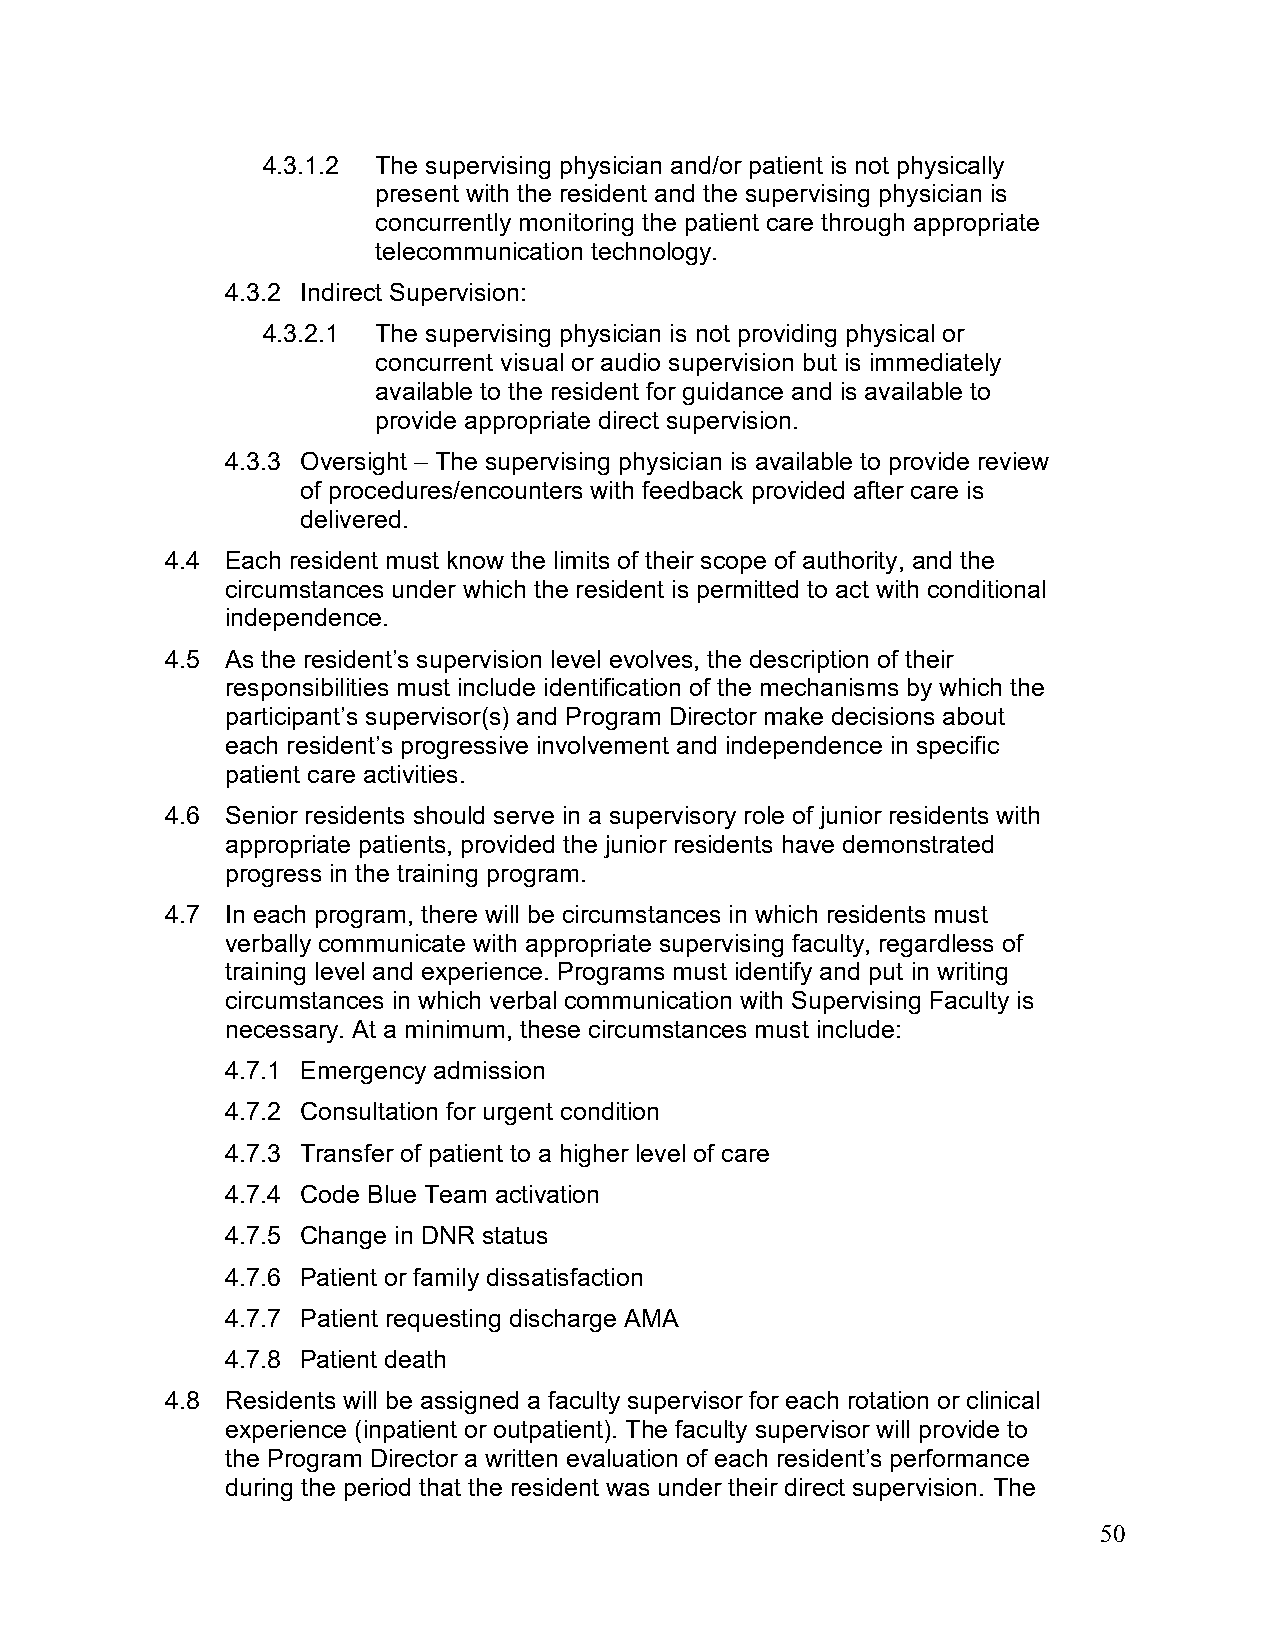
4.3.1.2 The supervising physician and/or patient is not physically
 present with the resident and the supervising physician is
 concurrently monitoring the patient care through appropriate
 telecommunication technology.
 4.3.2 Indirect Supervision:
 4.3.2.1 The supervising physician is not providing physical or
 concurrent visual or audio supervision but is immediately
 available to the resident for guidance and is available to
 provide appropriate direct supervision.
 4.3.3 Oversight – The supervising physician is available to provide review
 of procedures/encounters with feedback provided after care is
 delivered.
 4.4 Each resident must know the limits of their scope of authority, and the
 circumstances under which the resident is permitted to act with conditional
 independence.
 4.5 As the resident’s supervision level evolves, the description of their
 responsibilities must include identification of the mechanisms by which the
 participant’s supervisor(s) and Program Director make decisions about
 each resident’s progressive involvement and independence in specific
 patient care activities.
 4.6 Senior residents should serve in a supervisory role of junior residents with
 appropriate patients, provided the junior residents have demonstrated
 progress in the training program.
 4.7 In each program, there will be circumstances in which residents must
 verbally communicate with appropriate supervising faculty, regardless of
 training level and experience. Programs must identify and put in writing
 circumstances in which verbal communication with Supervising Faculty is
 necessary. At a minimum, these circumstances must include:
 4.7.1 Emergency admission
 4.7.2 Consultation for urgent condition
 4.7.3 Transfer of patient to a higher level of care
 4.7.4 Code Blue Team activation
 4.7.5 Change in DNR status
 4.7.6 Patient or family dissatisfaction
 4.7.7 Patient requesting discharge AMA
 4.7.8 Patient death
 4.8 Residents will be assigned a faculty supervisor for each rotation or clinical
 experience (inpatient or outpatient). The faculty supervisor will provide to
 the Program Director a written evaluation of each resident’s performance
 during the period that the resident was under their direct supervision. The
 50